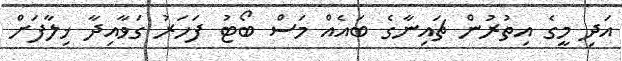
އަދި މީގެ އިތުރުން ޗައިނާގެ ބައެއް މަސް ބޯޓު ފަހަރު ގަވާއިދާ ޚިލާފަށް